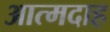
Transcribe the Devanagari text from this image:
आत्‍मदाह